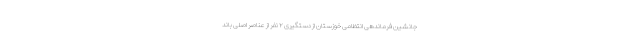
جانشین فرماندهی انتظامی خوزستان از دستگیری ۲ نفر از عناصر اصلی باند